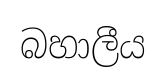
බහාලීය